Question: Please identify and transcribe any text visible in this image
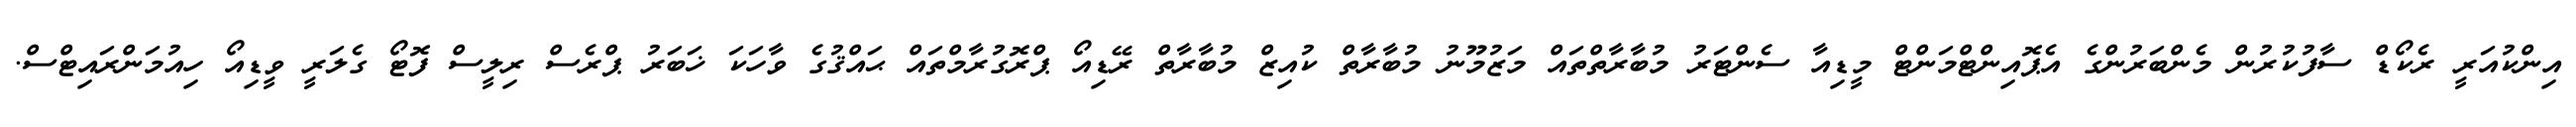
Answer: އިންކުއަރީ ރެކޯޑް ސާފުކުރުން މެންބަރުންގެ އެޕޮއިންޓްމަންޓް މީޑިއާ ސެންޓަރު މުބާރާތްތައް މަޒުމޫނު މުބާރާތް ކުއިޒް މުބާރާތް ރޭޑިއޯ ޕްރޮގުރާމްތައް ޙައްޤުގެ ވާހަކަ ޚަބަރު ޕްރެސް ރިލީސް ފޮޓޯ ގެލަރީ ވީޑިއޯ ހިއުމަންރައިޓްސް.